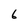
Character: 6